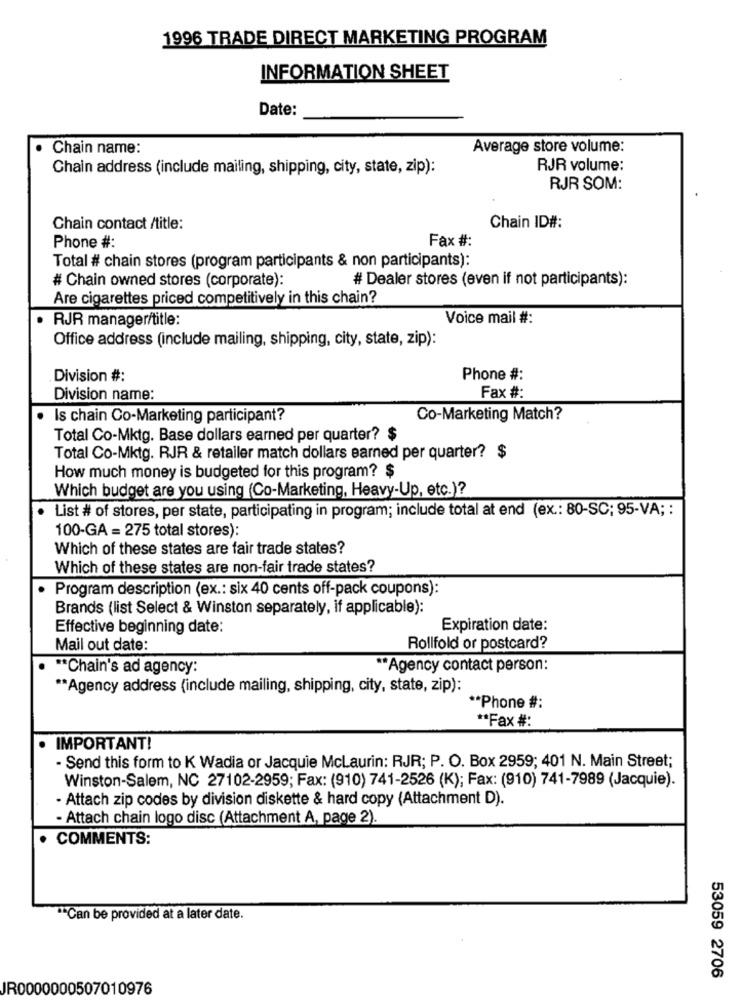
1996 TRADE DIRECT MARKETING PROGRAM
INFORMATION SHEET
Date:
Chain name:
Average store volume:
Chain address (include mailing, shipping, city, state, zip):
RJR volume:
RJR SOM:
Chain contact /title:
Chain ID#:
Fax #:
Phone #:
Total # chain stores (program participants & non participants):
# Chain owned stores (corporate):
# Dealer stores (even if not participants):
Are cigarettes priced competitively in this chain?
· RJR manager/title:
Voice mail #:
Office address (include mailing, shipping, city, state, zip):
Division #:
Phone #:
Division name:
Fax #:
· Is chain Co-Marketing participant?
Co-Marketing Match?
Total Co-Mktg. Base dollars earned per quarter? $
Total Co-Mktg. RJR & retailer match dollars earned per quarter? $
How much money is budgeted for this program? $
Which budget are you using (Co-Marketing, Heavy-Up, etc.)?
List # of stores, per state, participating in program; include total at end (ex .: 80-SC; 95-VA; :
100-GA = 275 total stores):
Which of these states are fair trade states?
Which of these states are non-fair trade states?
Program description (ex .: six 40 cents off-pack coupons):
Brands (list Select & Winston separately, if applicable):
Effective beginning date:
Expiration date:
Mail out date:
Rollfold or postcard?
** Chain's ad agency:
** Agency contact person:
** Agency address (include mailing, shipping, city, state, zip):
** Phone #:
** Fax #:
IMPORTANT!
- Send this form to K Wadia or Jacquie McLaurin: RJR; P. O. Box 2959; 401 N. Main Street;
Winston-Salem, NC 27102-2959; Fax: (910) 741-2526 (K); Fax: (910) 741-7989 (Jacquie).
- Attach zip codes by division diskette & hard copy (Attachment D).
- Attach chain logo disc (Attachment A, page 2).
COMMENTS:
""Can be provided at a later date.
53059 2706
JR0000000507010976